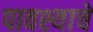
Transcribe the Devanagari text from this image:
पावश्याचे